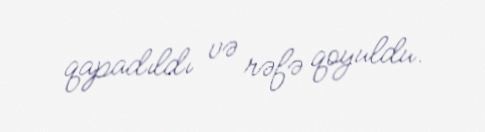
qapadıldı və rəfə qoyuldu.